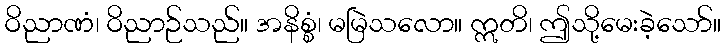
ဝိညာဏံ၊ ဝိညာဉ်သည်။ အနိစ္စံ၊ မမြဲသလော။ ဣတိ၊ ဤသို့မေးခဲ့သော်။